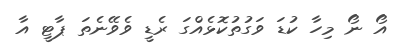
އޯ ނޯ މިހާ ކުޑަ ވަގުތުކޮޅެއްގަ ރެޑީ ވެވޭނެތަ ޕާޓީ އާ